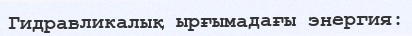
Гидравликалық ырғымадағы энергия: